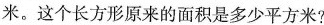
米。这个长方形原来的面积是多少平方米?